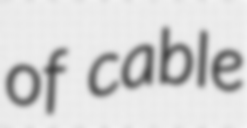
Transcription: of cable